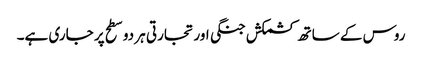
روس کے ساتھ کشمکش جنگی اور تجارتی ہر دو سطح پر جاری ہے۔